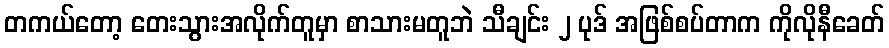
တကယ်တော့ တေးသွားအလိုက်တူမှာ စာသားမတူဘဲ သီချင်း ၂ ပုဒ် အဖြစ်စပ်တာက ကိုလိုနီခေတ်